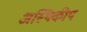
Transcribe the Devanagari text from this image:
अस्थिकीय